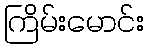
ကြိမ်းမောင်း